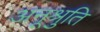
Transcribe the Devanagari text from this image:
अनूश्रुति